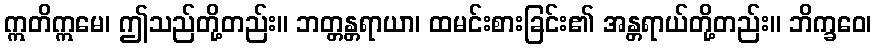
ဣတိဣမေ၊ ဤသည်တို့တည်း။ ဘတ္တန္တရာယာ၊ ထမင်းစားခြင်း၏ အန္တရာယ်တို့တည်း။ ဘိက္ခဝေ၊